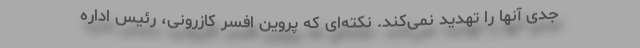
جدی آنها را تهدید نمی‌کند. نکته‌ای که پروین افسر کازرونی، رئیس اداره